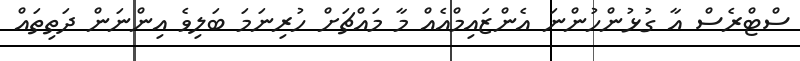
ސްޓްރެސް އާ ގުޅުންހުންނަ އެންޒައިމްއެއް މާ މައްޗަށް ހުރިނަމަ ބަލިވެ އިންނަން ދަތިތައް